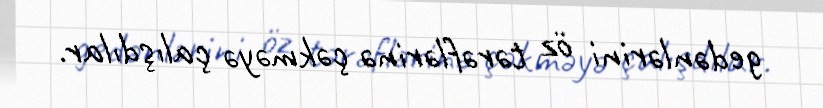
gedənlərini öz tərəflərinə çəkməyə çalışdılar.